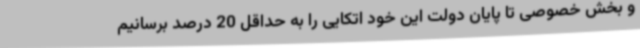
و بخش خصوصی تا پایان دولت این خود اتکایی را به حداقل 20 درصد برسانیم